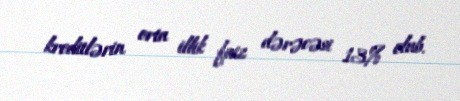
kreditlərin orta illik faiz dərəcəsi 13% olub.